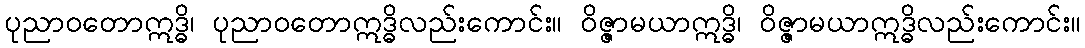
ပုညာဝတောဣဒ္ဓိ၊ ပုညာဝတောဣဒ္ဓိလည်းကောင်း။ ဝိဇ္ဇာမယာဣဒ္ဓိ၊ ဝိဇ္ဇာမယာဣဒ္ဓိလည်းကောင်း။